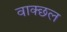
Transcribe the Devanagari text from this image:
वाक्छल